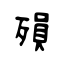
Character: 殞